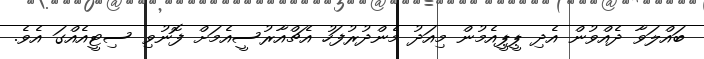
ބައްލަވާ ދެއްވުން އެދި ޕީޕީއެމުން މިއަދު މެންދުރުފަހު އެޗްއާރުސީއެމަށް ފޮނުވި ސިޓީއެއްގަ އެވެ.